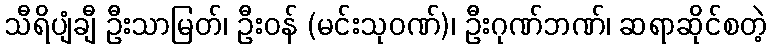
သီရိပျံချီ ဦးသာမြတ်၊ ဦးဝန် (မင်းသုဝဏ်)၊ ဦးဂုဏ်ဘဏ်၊ ဆရာဆိုင်စတဲ့